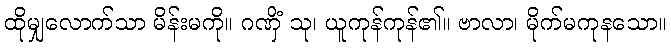
ထိုမျှလောက်သာ မိန်းမကို။ ဂဏှိံ သု၊ ယူကုန်ကုန်၏။ ဗာလာ၊ မိုက်မကုနသော။